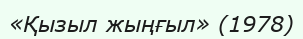
«Қызыл жыңғыл» (1978)